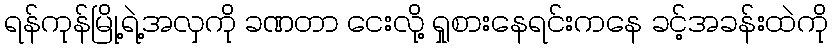
ရန်ကုန်မြို့ရဲ့အလှကို ခဏတာ ငေးလို့ ရှုစားနေရင်းကနေ ခင့်အခန်းထဲကို